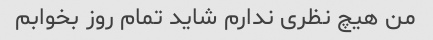
من هیچ نظری ندارم شاید تمام روز بخوابم